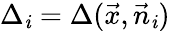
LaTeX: \Delta_{\mathit{i}}=\Delta(\vec{{x}},\vec{{n}}_{\mathit{i}})